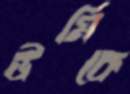
ঊর্মিকে